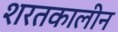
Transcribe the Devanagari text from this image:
शरतकालीन